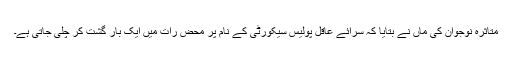
متاثرہ نوجوان کی ماں نے بتایا کہ سرائے عاقل پولیس سیکورٹی کے نام پر محض رات میں ایک بار گشت کر چلی جاتی ہے۔